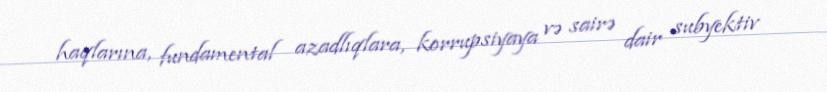
haqlarına, fundamental azadlıqlara, korrupsiyaya və sairə dair subyektiv